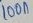
Text: 100n